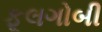
ફૂલગોબી